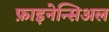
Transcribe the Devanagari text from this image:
फ़ाइनेन्सिअल